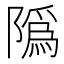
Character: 䧦